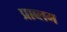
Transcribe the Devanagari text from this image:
प्राब्लम